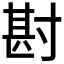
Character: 𭔶